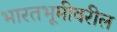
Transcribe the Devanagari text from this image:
भारतभूमीवरील